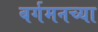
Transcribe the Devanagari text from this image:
बर्गमनच्या